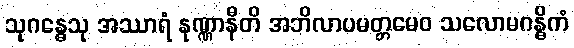
သုဂန္ဓေသု အဿာရံ နုဏ္ဏာနီတိ အဘိလာပမတ္တမေဝ သလောမဂန္ဓိကံ